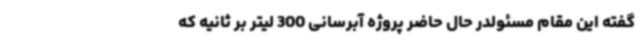
گفته این مقام مسئولدر حال حاضر پروژه آبرسانی 300 لیتر بر ثانیه که